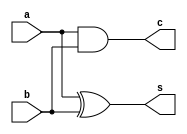
`timescale 1ns / 1ps
//////////////////////////////////////////////////////////////////////////////////
// Company: 
// Engineer: 
// 
// Design Name: 
// Module Name: half_adder
// Project Name: 
// Target Devices: 
// Tool Versions: 
// Description: 
// 
// Dependencies: 
// 
// Revision:
// Revision 0.01 - File Created
// Additional Comments:
// 
//////////////////////////////////////////////////////////////////////////////////


module half_adder(
    input a, b,
    output s, c
    );
    assign c = a&b;
    assign s = a^b;
endmodule